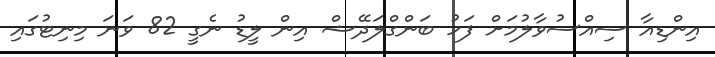
އިންޑިއާ ސިއްސުވާލުމަށް ފަހު ބަންގްލަދޭޝް އިން ލީޑު ނެގީ 82 ވަނަ މިނިޓުގައި